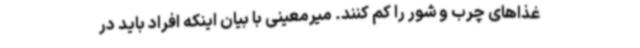
غذاهای چرب و شور را کم کنند. میرمعینی با بیان اینکه افراد باید در